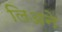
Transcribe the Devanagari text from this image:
लिअने